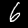
Digit: 6